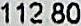
112.80